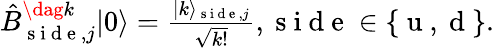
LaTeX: \begin{array}{r}{\hat{B}_{\mathrm{~s~i~d~e~},j}^{\dag k}\vert 0\rangle=\frac{\vert k\rangle_{\mathrm{~s~i~d~e~},j}}{\sqrt{k!}},\mathrm{~s~i~d~e~}\in\{ \mathrm{~u~,~d~}\} .}\end{array}